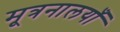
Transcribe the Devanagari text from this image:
मूत्रनालयाँ